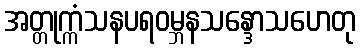
အတ္တုက္ကံသနပရဝမ္ဘနသန္ဒောသဟေတု